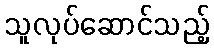
သူလုပ်ဆောင်သည့်